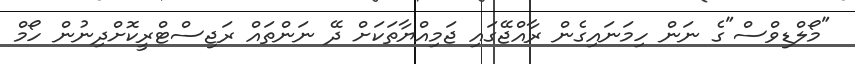
"މޯލްޑިވްސް"ގެ ނަން ހިމަނައިގެން ރާއްޖޭގައި ޖަމިއްޔާތަކަށް ދޭ ނަންތައް ރަޖިސްޓްރީކޮށްދިނުން ހޯމް